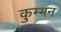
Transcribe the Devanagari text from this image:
कुम्भन